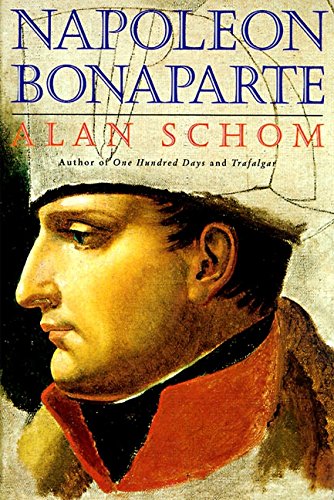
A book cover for Napoleon Bonaparte: A Life; Alan Schom; History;